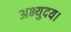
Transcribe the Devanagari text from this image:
अभ्युदय।